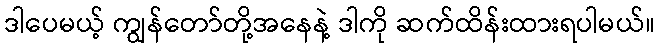
ဒါပေမယ့် ကျွန်တော်တို့အနေနဲ့ ဒါကို ဆက်ထိန်းထားရပါမယ်။